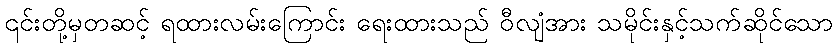
၎င်းတို့မှတဆင့် ရထားလမ်းကြောင်း ရေးထားသည် ဝီလျံအား သမိုင်းနှင့်သက်ဆိုင်သော